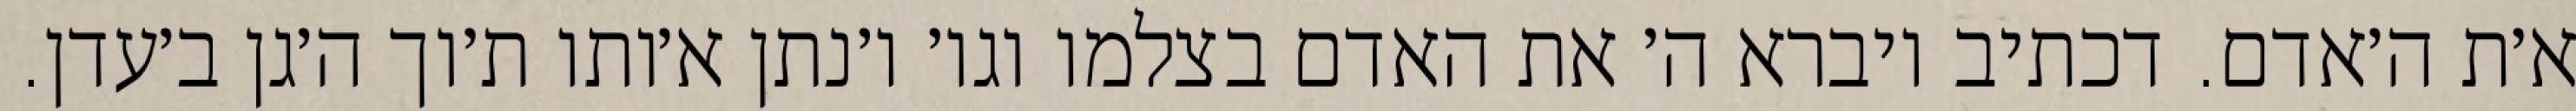
א׳ת ה׳אדם. דכתיב ויברא ה׳ את האדם בצלמו וגו׳ ו׳נתן א׳ותו ת׳וך ה׳גן ב׳עדן.